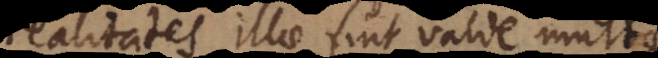
ealitates illae sint valde mult